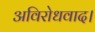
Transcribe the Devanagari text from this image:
अविरोधवाद।